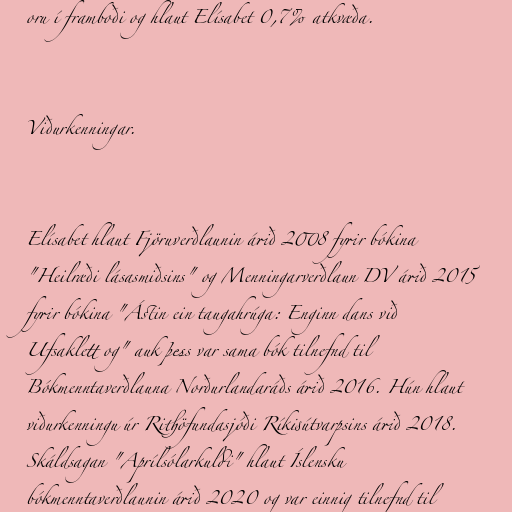
oru í framboði og hlaut Elísabet 0,7% atkvæða.

Viðurkenningar.

Elísabet hlaut Fjöruverðlaunin árið 2008 fyrir bókina
"Heilræði lásasmiðsins" og Menningarverðlaun DV árið 2015
fyrir bókina "Ástin ein taugahrúga: Enginn dans við
Ufsaklett og" auk þess var sama bók tilnefnd til
Bókmenntaverðlauna Norðurlandaráðs árið 2016. Hún hlaut
viðurkenningu úr Rithöfundasjóði Ríkisútvarpsins árið 2018.
Skáldsagan "Aprílsólarkuldi" hlaut Íslensku
bókmenntaverðlaunin árið 2020 og var einnig tilnefnd til